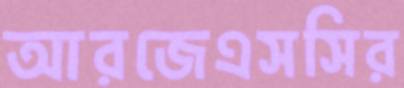
আরজেএসসির